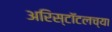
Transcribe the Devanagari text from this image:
अरिस्टॉटलच्या